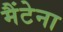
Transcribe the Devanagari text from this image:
मैंटेना